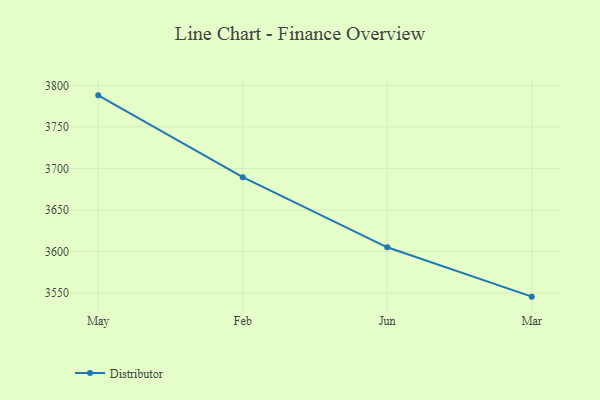
{"axis": {"x": "Month", "y": "Backlog"}, "legend": ["Distributor"], "data": [{"x": "May", "y": 3788.0, "type": "Distributor"}, {"x": "Feb", "y": 3689.5, "type": "Distributor"}, {"x": "Jun", "y": 3605.0, "type": "Distributor"}, {"x": "Mar", "y": 3545.6, "type": "Distributor"}]}